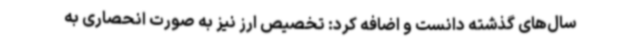
سال‌های گذشته دانست و اضافه کرد: تخصیص ارز نیز به صورت انحصاری به